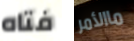
فتاه ماالأمر